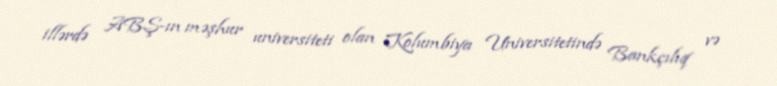
illərdə ABŞ-ın məşhur universiteti olan Kolumbiya Universitetində Bankçılıq və